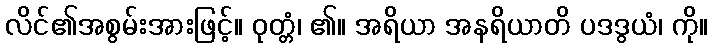
လိင်၏အစွမ်းအားဖြင့်။ ဝုတ္တံ၊ ၏။ အရိယာ အနရိယာတိ ပဒဒွယံ၊ ကို။